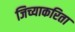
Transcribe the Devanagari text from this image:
जिच्याकरिता